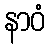
နာဝံ